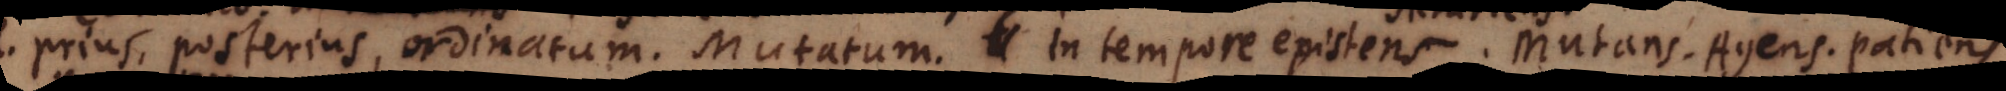
prius, posterius, ordinatum. Mutatum. In tempore existens. Mutans. Agens. Patiens.